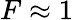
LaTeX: F\approx 1